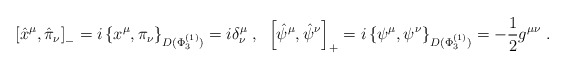
\begin{align*}\left[\hat{x}^\mu,\hat{\pi}_\nu\right]_{-}=i\left\{x^\mu,\pi_\nu\right\}_{D(\Phi^{(1)}_3)}=i\delta^\mu_\nu\;,\;\;\left[\hat{\psi}^\mu,\hat{\psi}^\nu\right]_{+}=i\left\{\psi^\mu,\psi^\nu\right\}_{D(\Phi^{(1)}_3)}=-\frac{1}{2}g^{\mu \nu}\;.\end{align*}